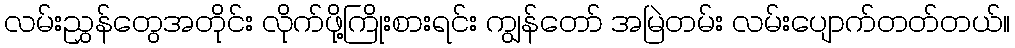
လမ်းညွှန်တွေအတိုင်း လိုက်ဖို့ကြိုးစားရင်း ကျွန်တော် အမြဲတမ်း လမ်းပျောက်တတ်တယ်။